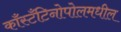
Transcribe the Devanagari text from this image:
काँस्टँटिनोपोलमधील